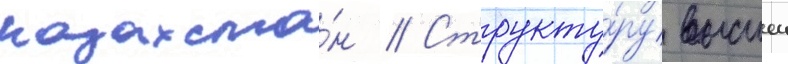
казахста́н // Структу́ру высшеи